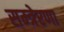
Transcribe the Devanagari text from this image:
सम्त्रेरणा